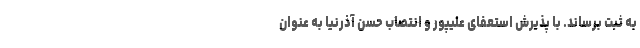
به ثبت برساند. با پذیرش استعفای علیپور و انتصاب حسن آذرنیا به عنوان